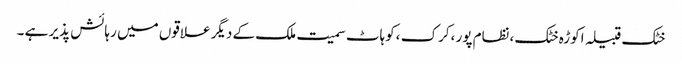
خٹک قبیلہ اکوڑہ خٹک ،نظام پور ،کرک ،کوہاٹ سمیت ملک کے دیگر علاقوں میں رہائش پذیر ہے ۔